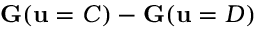
\mathbf { G } ( \mathbf { u } = C ) - \mathbf { G } ( \mathbf { u } = D )